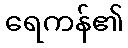
ရေကန်၏